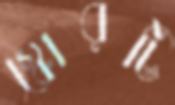
স্কোরটি